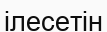
ілесетін